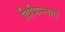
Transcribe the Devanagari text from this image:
विभिन्न्ताएँ